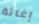
إغاثة